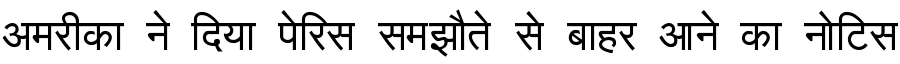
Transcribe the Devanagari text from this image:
अमरीका ने दिया पेरिस समझौते से बाहर आने का नोटिस